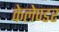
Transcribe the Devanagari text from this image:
केलेण्डर